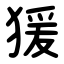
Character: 猨